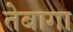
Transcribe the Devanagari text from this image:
तेबागा